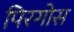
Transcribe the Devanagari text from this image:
पिरगोस